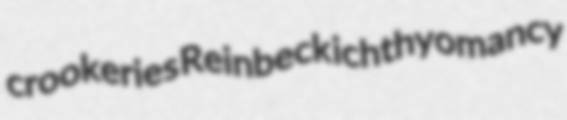
crookeries Reinbeck ichthyomancy